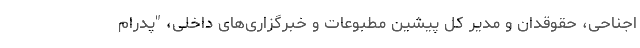
اجناحی، حقوقدان و مدیر کل پیشین مطبوعات و خبرگزاری‌های داخلی، "پدرام